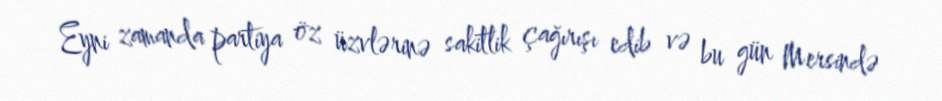
Eyni zamanda partiya öz üzvlərinə sakitlik çağırışı edib və bu gün Mersində